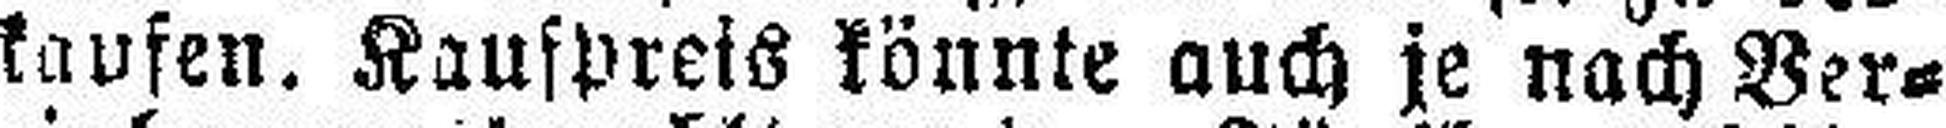
kaufen. Kaufpreis könnte auch je nach Ver¬